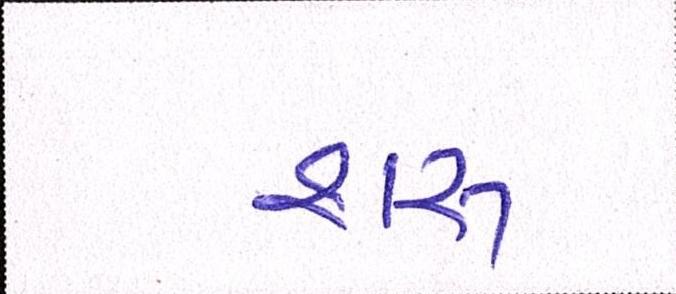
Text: શરુ